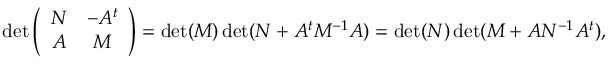
\operatorname * { d e t } \left( \begin{array} { c c } { { N } } & { { - A ^ { t } } } \\ { { A } } & { { M } } \end{array} \right) = \operatorname * { d e t } ( M ) \operatorname * { d e t } ( N + A ^ { t } M ^ { - 1 } A ) = \operatorname * { d e t } ( N ) \operatorname * { d e t } ( M + A N ^ { - 1 } A ^ { t } ) ,